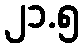
၂၁.၅